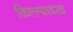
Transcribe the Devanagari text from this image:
किल्ल्यावरच